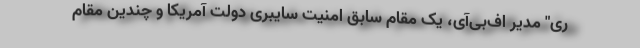
ری" مدیر اف‌بی‌آی، یک مقام سابق امنیت سایبری دولت آمریکا و چندین مقام